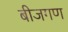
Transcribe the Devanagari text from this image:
बीजगण